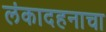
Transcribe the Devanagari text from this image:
लंकादहनाचा